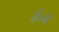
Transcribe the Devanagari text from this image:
ई०में